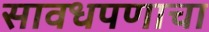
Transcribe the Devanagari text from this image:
सावधपणाचा